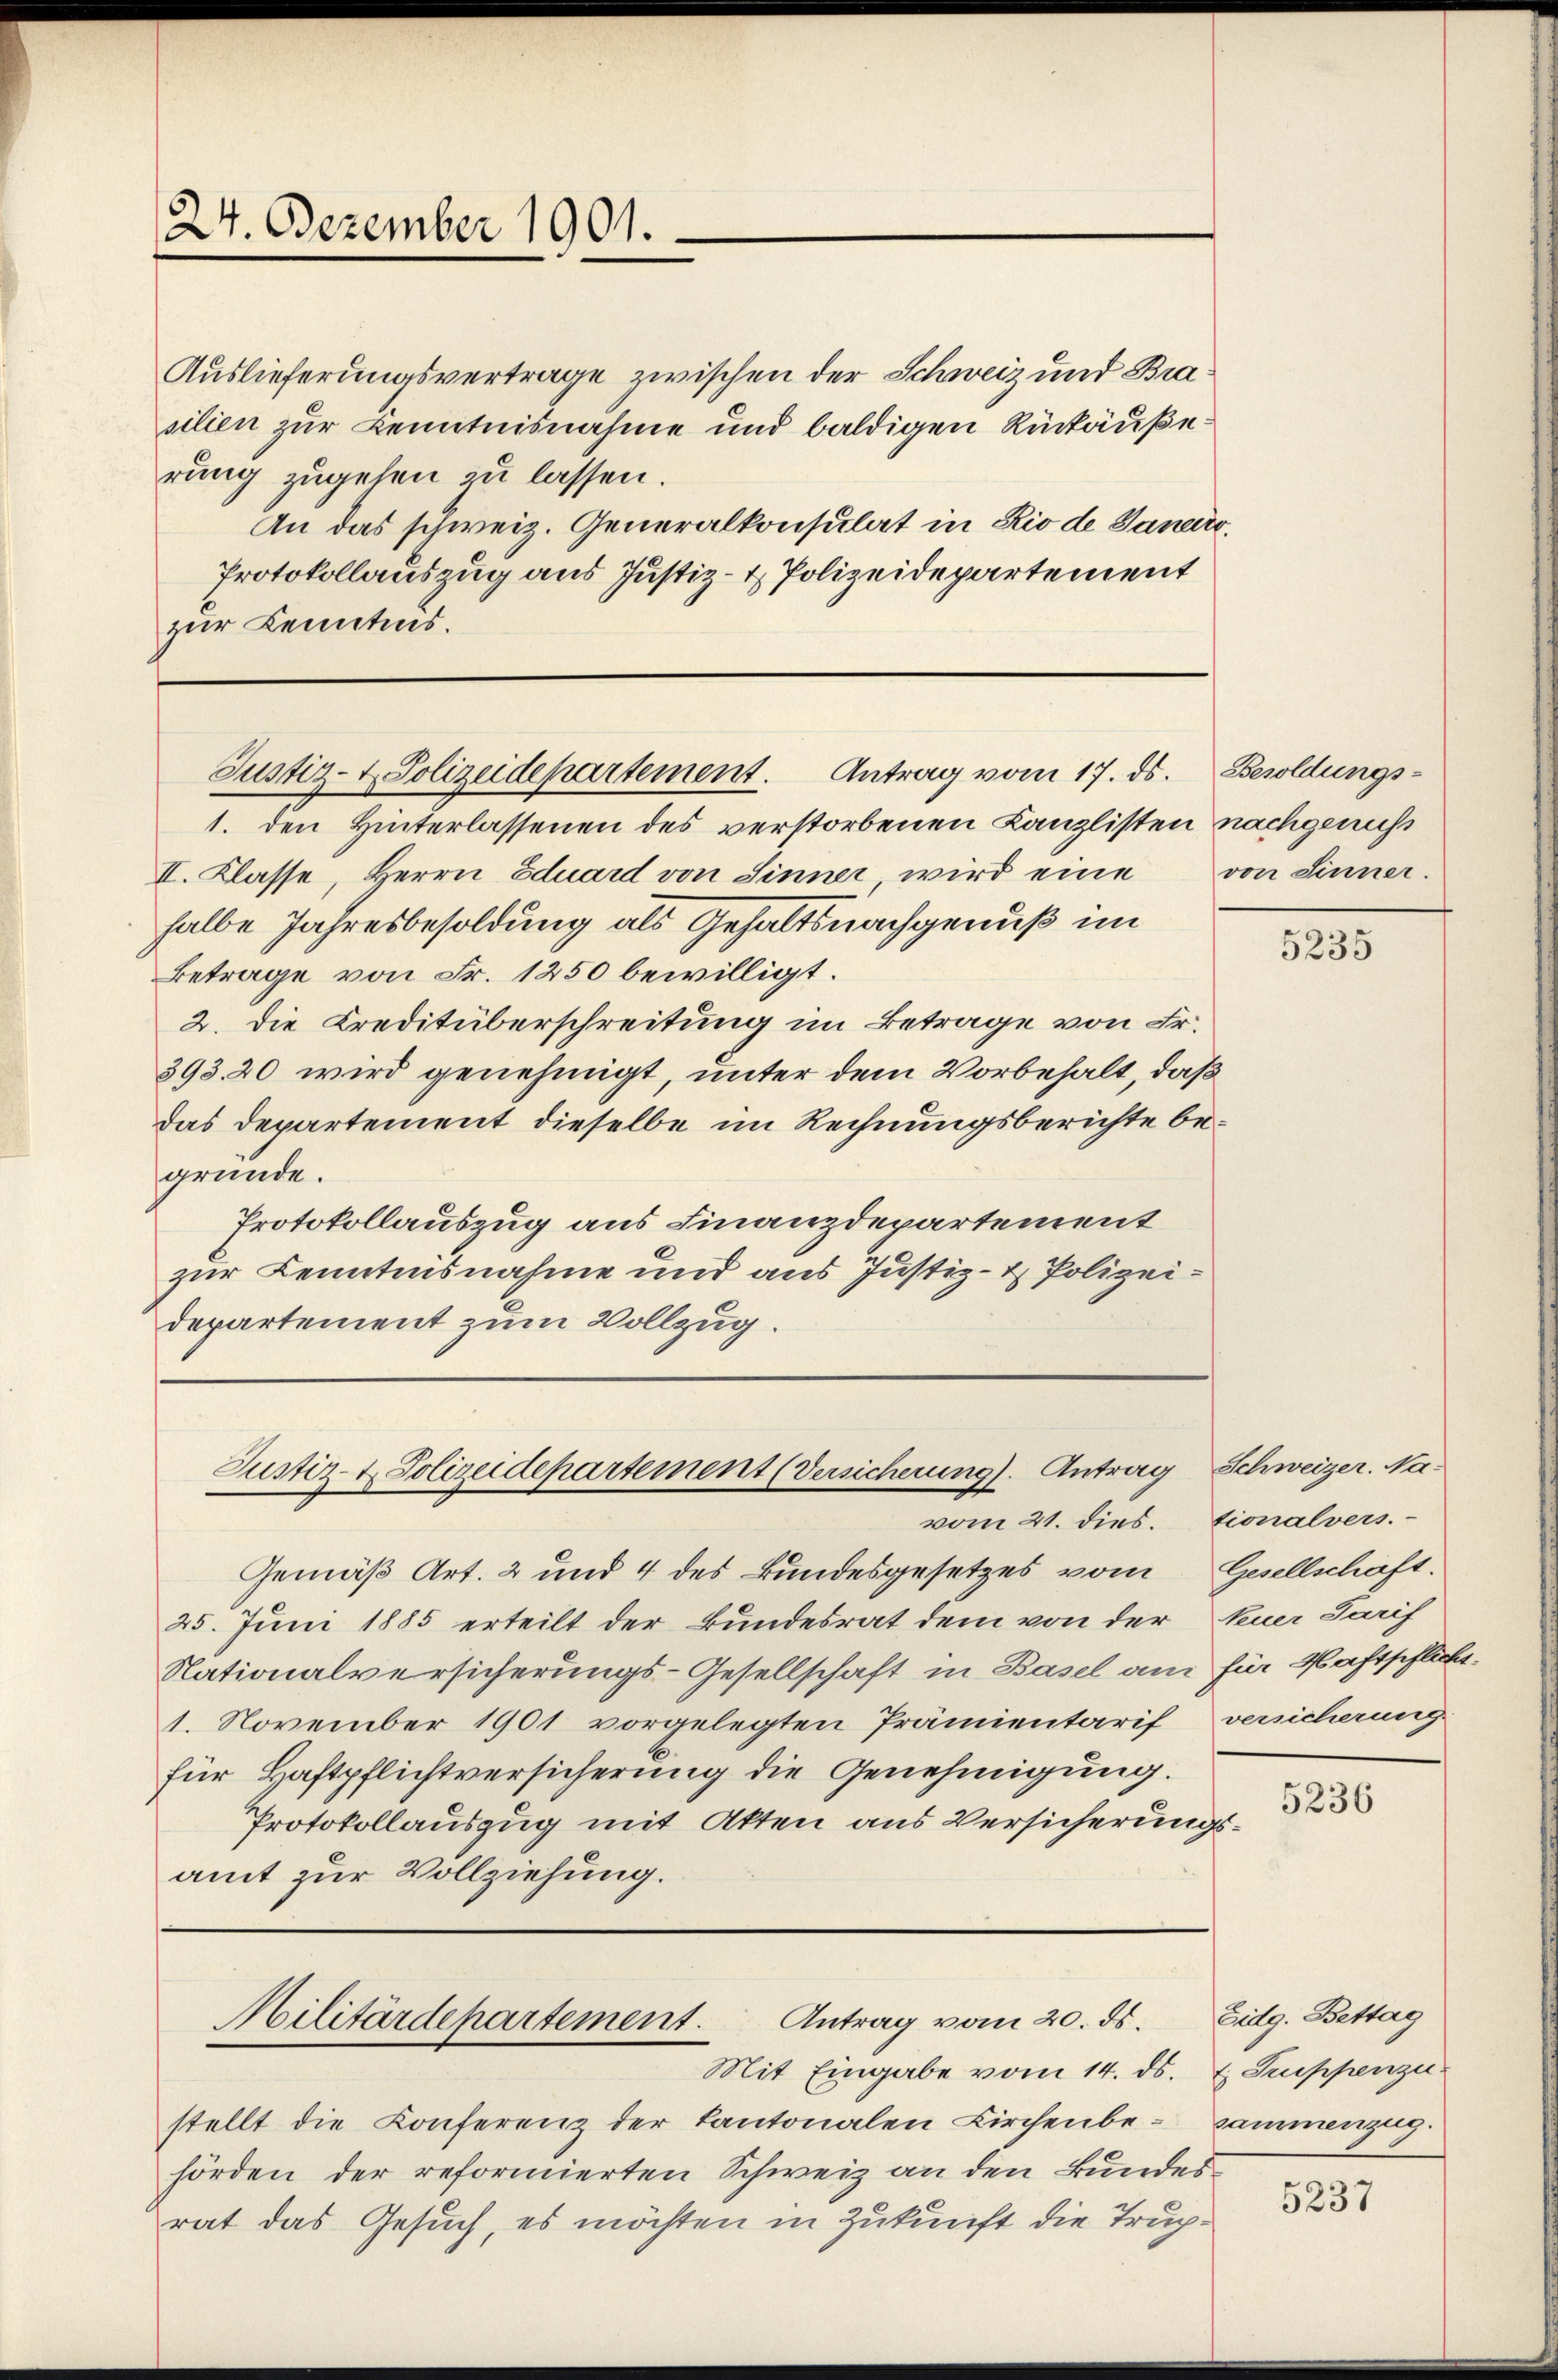
24. Dezember 1901.

Auslieferungsvertrage zwischen der Schweiz und Bra
silien zur Kenntnisnahme und baldigen Rückäußerung zugehen zu lassen.
An das schweiz. Generalkonsulat in Rio de Janeiro
Protokollauszug aus Justiz- & Polizeidepartement
zur Kenntnis.

Justiz- & Polizeidepartement. Antrag vom 17. ds. Besoldungs¬

Justiz- & Polizeidepartement (Versicherung). Antrag
vom 21. dies. Tionalvers.

Gemäß Art. 2 und 4 des Bundesgesetzes vom Gesellschaft.
25. Juni 1885 erteilt der Bundesrat dem von der Neuer Tarif
Nationalversicherungs-Gesellschaft in Basel am für Haftschlißt.
1. November 1901 vorgelegten Prämientarif versicherung
für Haftpflichtversicherung die Genehmigung.
Protokollauszug mit Akten aus Versicherungsamt zur Vollziehung.

1. den Hinterlassenen des verstorbenen Canzlisten nachgenuß
II. Klasse, Herrn Eduard von Sinner, wird eine von Sinner.
halbe Jahresbesoldung als Gehaltsnachgenuß im
Betrage von Fr. 1250 bewilligt.
2. Die Creditüberschreitung im Betrage von Fr.
393. 20 wird genehmigt, unter dem Vorbehalt, daß
das Departement dieselbe im Rechnungsberichte begründe.
Protokollauszug aus Finanzdepartement
zur Kenntnisnahme und aus Justiz- & Polizeidepartement zum Vollzug.

Militärdepartement. Antrag vom 20. ds.

Mit Eingabe vom 14. ds. E. Suppenzu
stellt die Konferenz der Kantonalen Kirchenbe-Sammenzug.
hörden der reformierten Schweiz an den Bundesrat das Gesuch, es möchten in Zukunft die Trup¬

5235

Schweizer. Na-

5236

Eidg. Bettag

5237